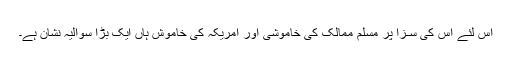
اس لئے اس کی سـزا پر مسلم ممالک کی خاموشی اور امریکہ کی خاموش ہاں ایک بڑا سوالیہ نشان ہے۔